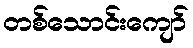
တစ်သောင်းကျော်